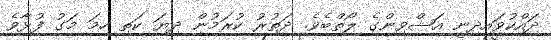
ދައްކުވައިދިނީ އަޝްވިންގެ ލޯތްބެވެ. ދަތުރު ކުރަމުން ދިޔަ ކަތި ހިމަ މަގު ފުޅާވެ